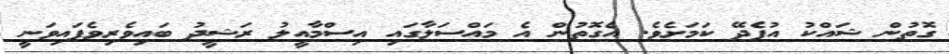
ގޮތުން ޝައްކު އުފެދޭ ކަމަށެވެ. އެގޮތުން އެ މައްސަލާގައި އިސްމާއީލު ރަޝީދު ބައިވެރިވެފައިވަނީ